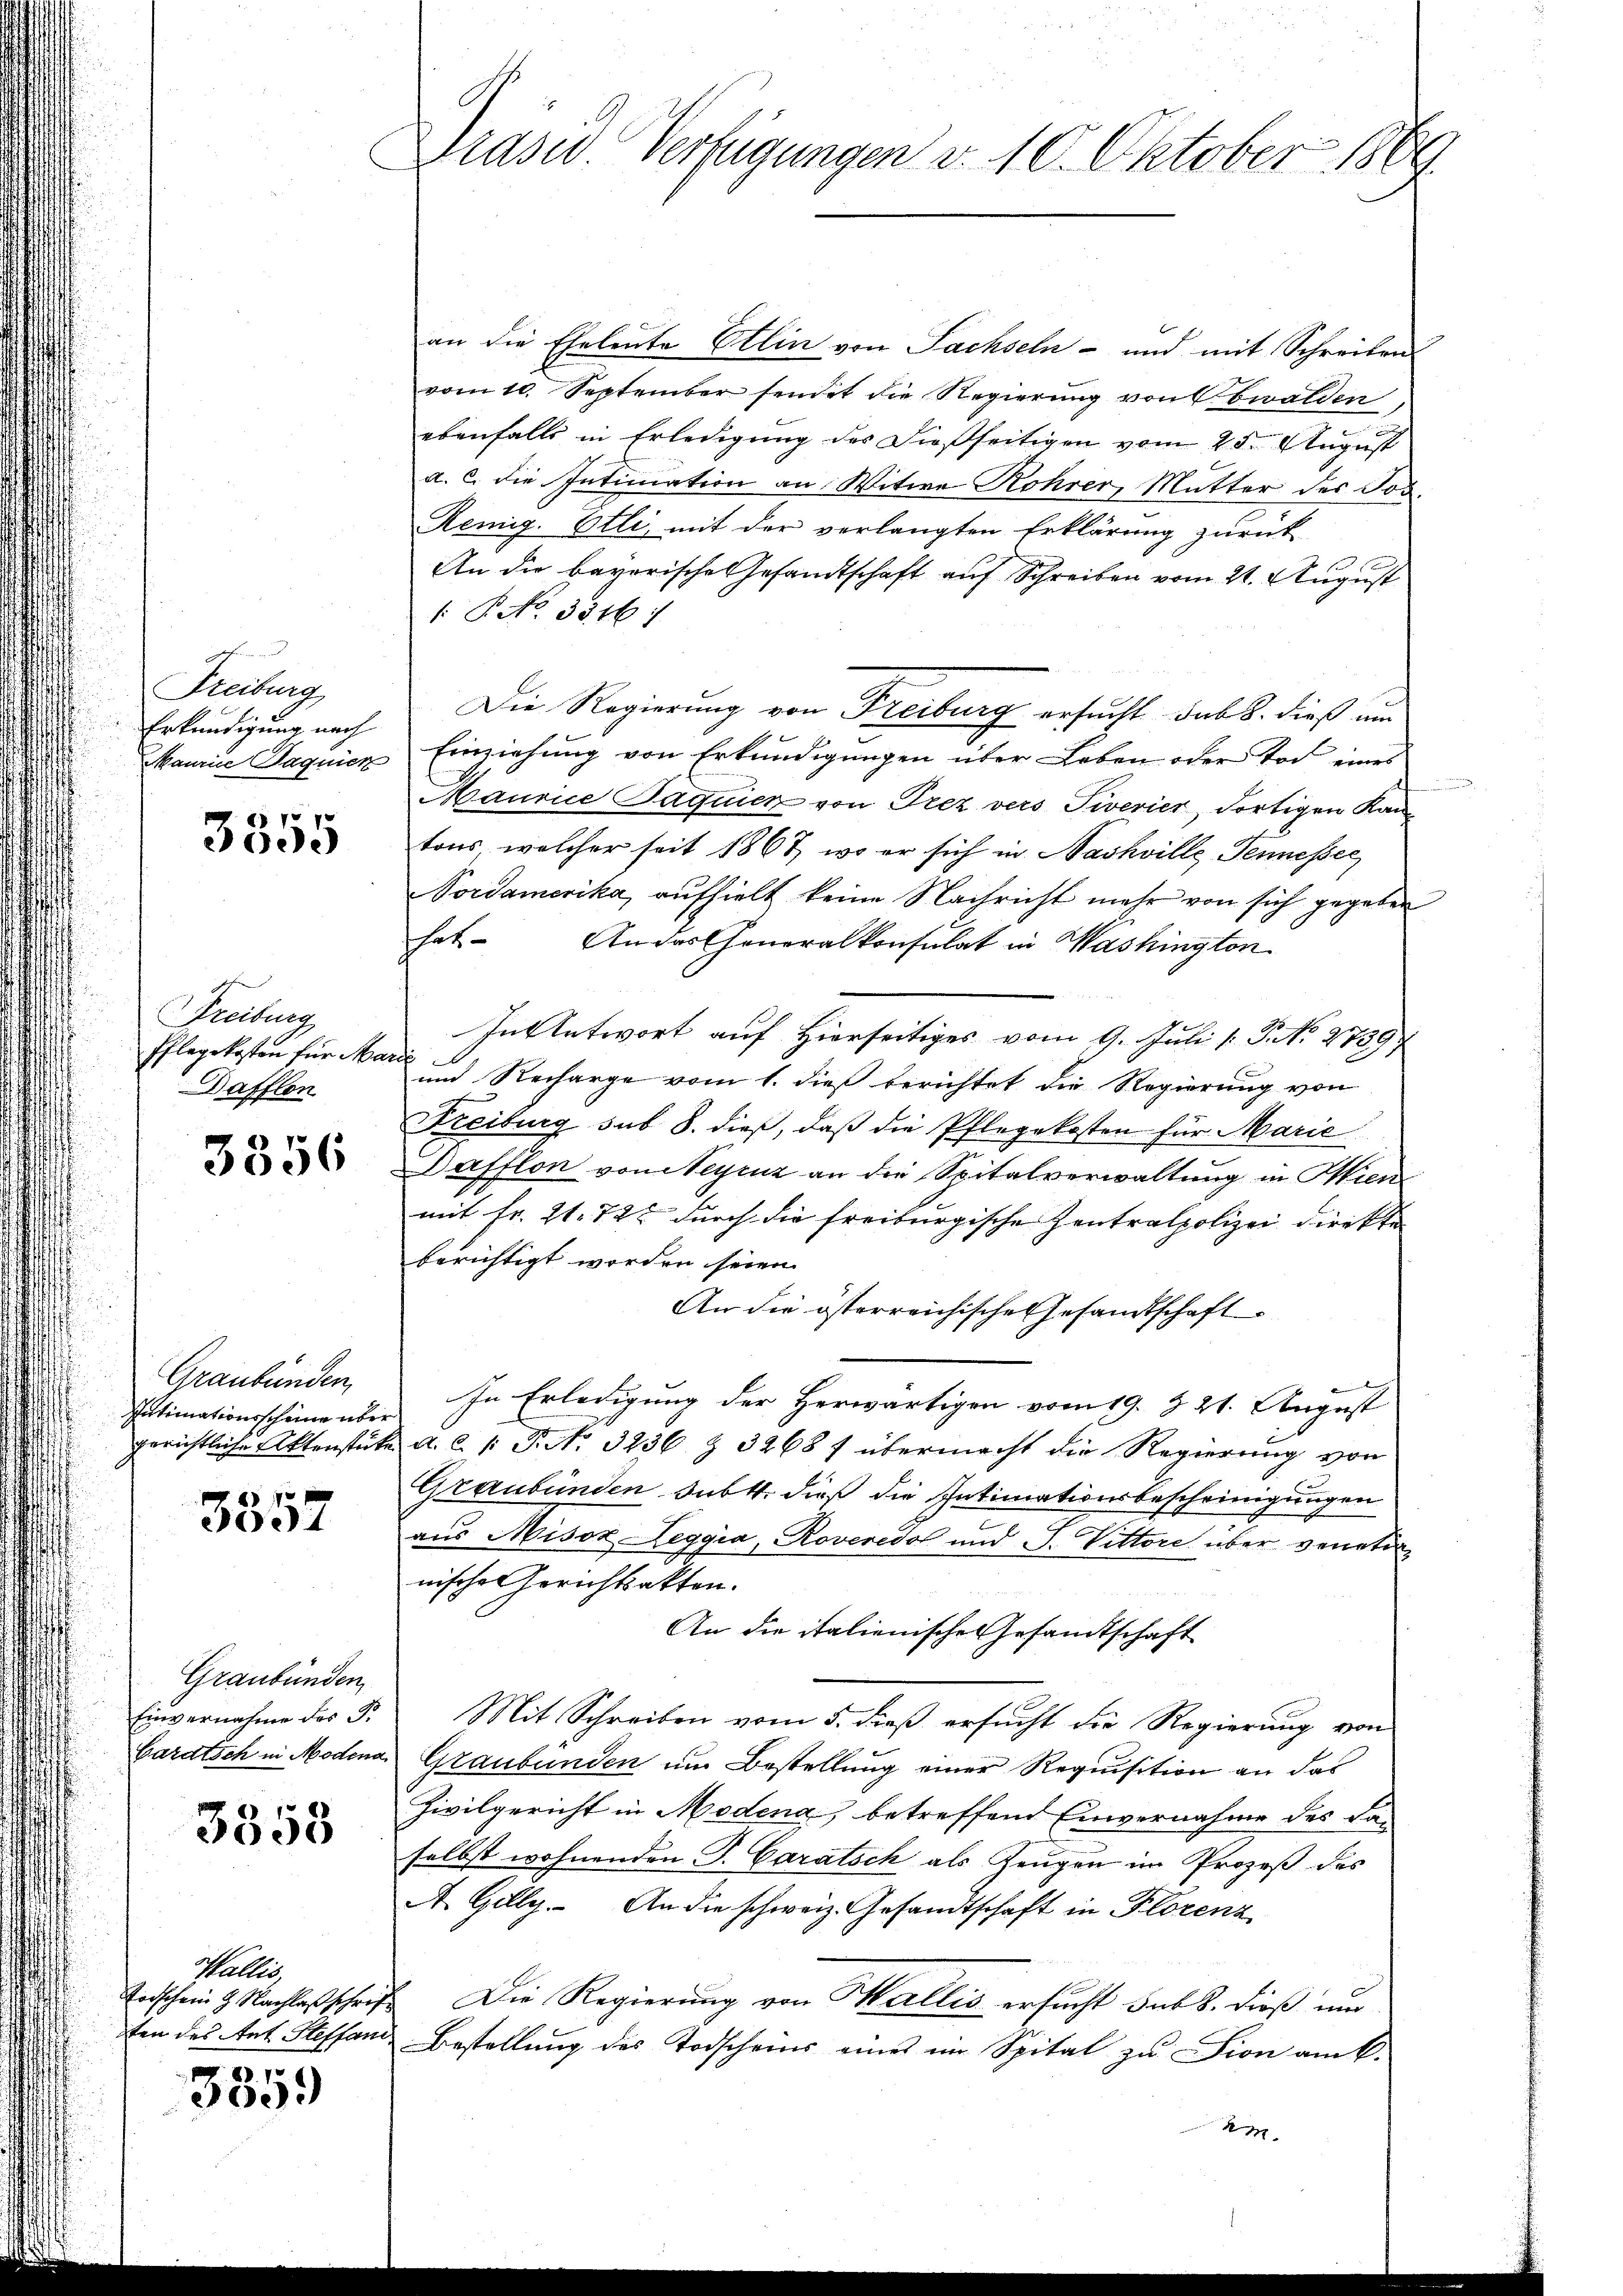
Freiburg
Erkundigung nach
Maurice Paquier

3355

Freiburg
Pflegekosten für Ma¬
Dafflon

3356

Graubünden,
Intimationsscheine über
gerichtliche Aktenstücke

3357

Graubünden
Einvernahme des P.
Bardtsch in Modena

3558

Wallis,
Toischein 9 Nachlaß schrift
ten des Ant. Steffani

8.10
300.

Blaser Verfügungen d. 10. Oktober 1869

an die Eheleute Ellin von Sachseln - und mit Schreiben
vom 10. September sendet die Regierung von bwalden
ebenfalls in Erledigung des dießseitigen vom 25. August
a. c. die Intimation an Witwe Rohrer, Mutter des Jos.
Remig. Etli mit der verlangten Erklärung zurück
An die bayorische Gesandtschaft auf Schreiben vom 21. August
: P. No. 3316)
Die Regierung von Freiburg ersucht sub 8. dieß um
Einziehung von Erkundigungen über Leben oder Tod eines
u
Maurice Paquien von Trez vers Pivevier dortigen Kantons, welcher seit 1867, wo er sich in Nashville Tennesser
Vordamerika, aufhielt keine Nachricht mehr von sich gegeben
hat. An das Cheneralkonsulat in Washington
In Antwort auf Hierseitiges vom 9. Juli l. J. No 2759
und Recharge vom 1. dieß berichtet die Regierung von
Freiburg sub 8. dieß, daß die Pflegekosten für Marie
Dafflon von Meyriz an die Spitalverwaltung in Miene
mit Fr. 21. 725 durch die freiburgische Zentralpolizei direkte
berichtigt worden seien.
An die österreichischen Gesandtschaft
In Erledigung der Herwärtigen vom 19. Z. 21. August
A. l. 1 S. 3236 Z 3268 f übermacht die Regierung von
Graubünden sub 4. dieß die Intimationsbescheinigungen
aus Misox Leggia, Roveredol und J. Vittore über veneti
nischen Gerichtsakten.
An die italienische Gesandtschaft
Mit Schreiben vom 5. dieß ersucht die Regierung von
Graubünden um Bestellung einer Requisition an das
Zivilgericht in Modena, betreffend Einvernahme des daselbst wohnenden J. Caratsch als Zeugen im Prozeß des
A. Gillg. An die schweiz. Gesandtschaft in Florenz
 Die Regierung von Wallis ersucht sub 8. dieß mir
Bestellung des Todscheins eines im Spital zu Fion am 6.
Am.